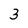
Character: 3